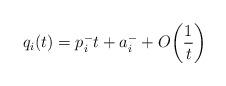
LaTeX: \begin{align*}q_i(t)=p_{i}^{-}t+a_{i}^{-}+O\biggl(\frac{1}{t}\biggr) \end{align*}